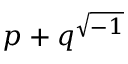
p + q ^ { \sqrt { - 1 } }